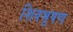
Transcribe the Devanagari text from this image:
शिवभूषण